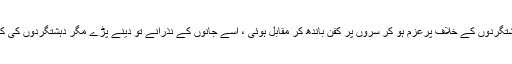
پاک فوج اور قوم دہشتگردوں کے خلاف پرعزم ہو کر سروں پر کفن باندھ کر مقابل ہوئی ، اسے جانوں کے نذرانے تو دینے پڑے مگر دہشتگردوں کی کمر توڑ کر رکھ دی۔